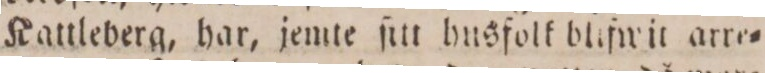
Kattleberg, har, jemte ſitt husfolk blifwit arre=